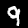
Digit: 9